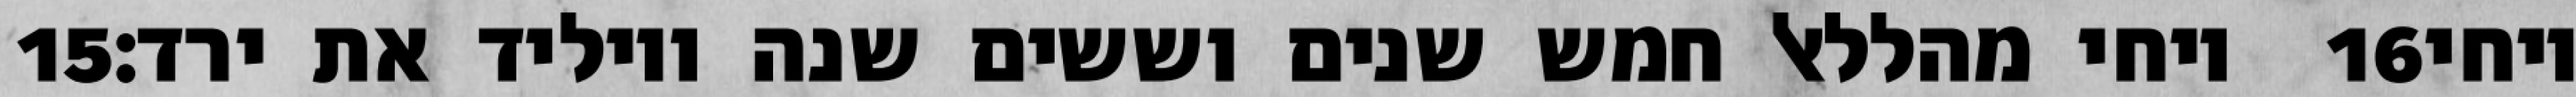
‎15‏ ויחי מהללאל חמש שנים וששים שנה ויוליד את ירד׃ ‎16‏ ויחי